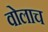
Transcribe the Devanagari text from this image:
वोलाच